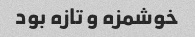
خوشمزه و تازه بود